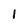
Character: 1